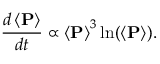
\frac { d \left< \mathbf { P } \right> } { d t } \propto \left< \mathbf { P } \right> ^ { 3 } \ln ( \left< \mathbf { P } \right> ) .